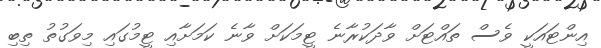
އިންޓައަކީ ވެސް ތައްޓަށް ވާދަކުރާނެ ޓީމަކަށް ވާނެ ކަމަށާއި ޓީމުގައި މިވަގުތު ތިބި